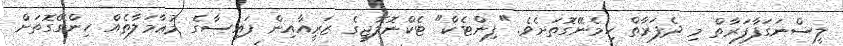
ލީސްނަގަފާފަރާތް މި ދެފަރާތް ހިމެނޭގޮތަށެވެ. "ފިންޓެކް" ޓެކްނޮލޮޖީގެ ޒަރީއާއިން ފައިސާގެ މުޢާމަލާތެއް ހިންގޭގޮތަށް